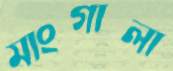
মাংগালা